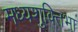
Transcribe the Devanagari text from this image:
मध्यशुक्तिभा